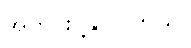
အတိုင်းပို့နိုင်ပါတယ်။